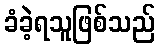
ခံခဲ့ရသူဖြစ်သည်